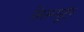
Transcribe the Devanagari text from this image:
सिम्प्यूटर